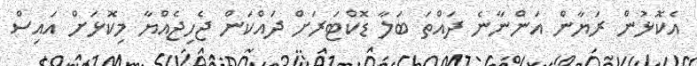
އެކޮޅުން ރަޔާން އަންނާނެ ދައްތަ ބަލާ ޑޮކްޓަރަށް ދައްކަން ޖެހިޖެއްޔާ މިކޮޅަށް އައިސް